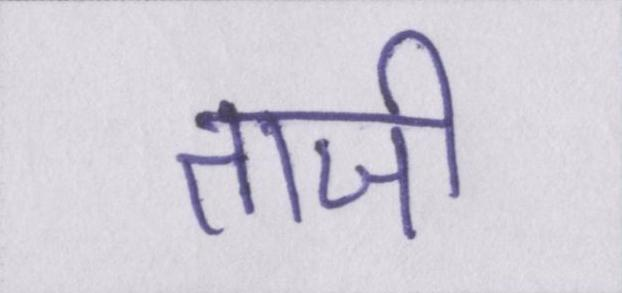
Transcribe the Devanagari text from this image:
ताजी